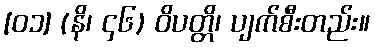
[၀၁] (နိ၊ ၄၆) ဝိပတ္တိ၊ ပျက်စီးတည်း။